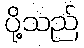
ပို့သည်